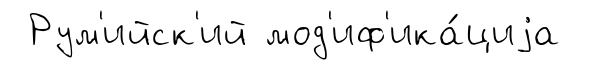
Рум'ийск'ий мод'иф'ика́циjа